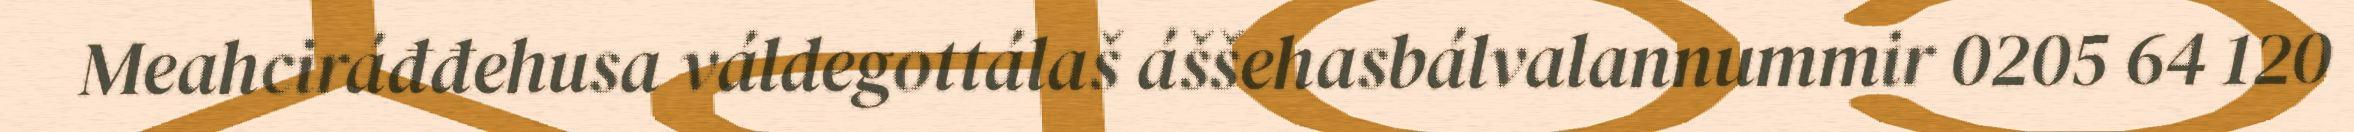
Meahciráđđehusa váldegottálaš áššehasbálvalannummir 0205 64 120